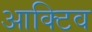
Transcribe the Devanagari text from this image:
आक्टिव